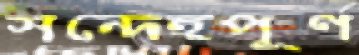
সন্দেহপূর্ণ